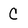
Character: C